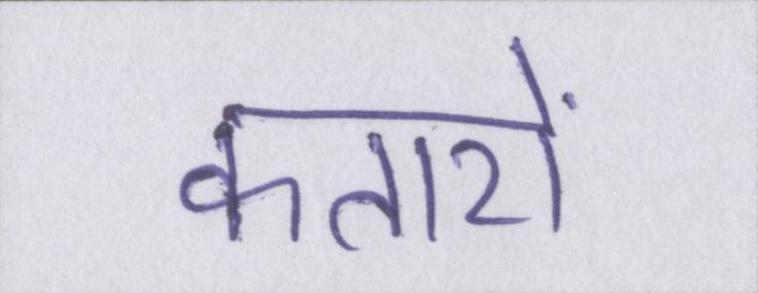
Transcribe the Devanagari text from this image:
कतारों